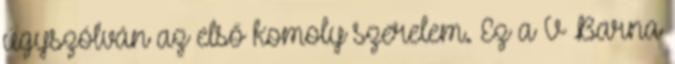
úgyszólván az első komoly szerelem. Ez a V Barna